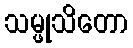
သမ္ဖုသိတော